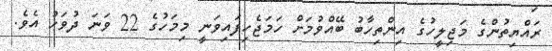
ރައްޔިތުންގެ މަޖިލީހުގެ އިންތިހާބު ބޭއްވުމަށް ހަމަޖެހިފައިވަނީ މިމަހުގެ 22 ވަނަ ދުވަހު އެވެ.